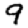
Digit: 9